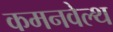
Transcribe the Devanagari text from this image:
कमनवेल्थ